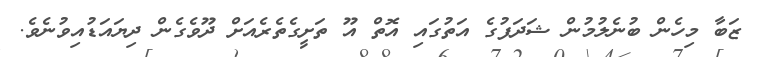
ޒަބާ މިހެން ބުނެލުމުން ޝަދަފުގެ އަތުގައި އޮތް އޫ ތަށީގެތެރެއަށް ދޫވެގެން ދިޔައަޑުއިވުނެވެ.